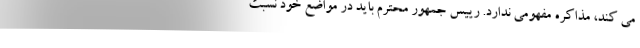
می کند، مذاکره مفهومی ندارد. رییس جمهور محترم باید در مواضع خود نسبت